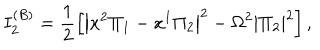
I _ { 2 } ^ { ( B ) } = \frac { 1 } { 2 } \left[ \left| x ^ { 2 } \Pi _ { 1 } - x ^ { 1 } \Pi _ { 2 } \right| ^ { 2 } - \Omega ^ { 2 } \left| \Pi _ { 2 } \right| ^ { 2 } \right] ,